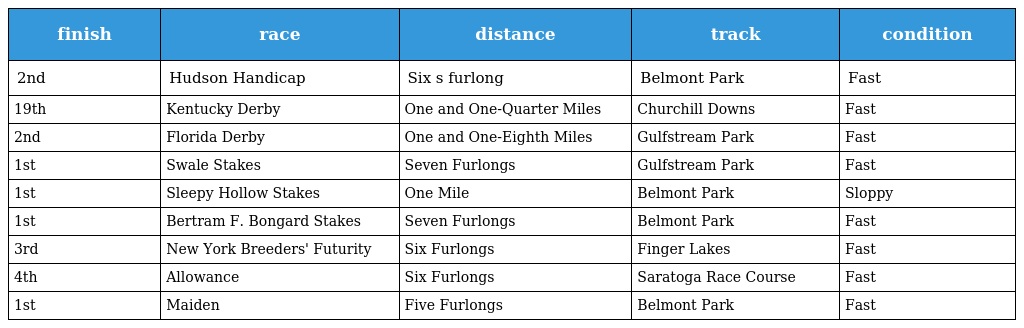
| finish | race | distance | track | condition |
 | --- | --- | --- | --- | --- |
 | 2nd | Hudson Handicap | Six s furlong | Belmont Park | Fast |
 | 19th | Kentucky Derby | One and One-Quarter Miles | Churchill Downs | Fast |
 | 2nd | Florida Derby | One and One-Eighth Miles | Gulfstream Park | Fast |
 | 1st | Swale Stakes | Seven Furlongs | Gulfstream Park | Fast |
 | 1st | Sleepy Hollow Stakes | One Mile | Belmont Park | Sloppy |
 | 1st | Bertram F. Bongard Stakes | Seven Furlongs | Belmont Park | Fast |
 | 3rd | New York Breeders' Futurity | Six Furlongs | Finger Lakes | Fast |
 | 4th | Allowance | Six Furlongs | Saratoga Race Course | Fast |
 | 1st | Maiden | Five Furlongs | Belmont Park | Fast |